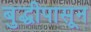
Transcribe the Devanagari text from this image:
बुद्धीपासून